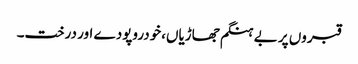
قبروں پر بے ہنگم جھاڑیاں،خودروپودے اور درخت۔